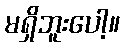
မရှိဘူးပေါ့။